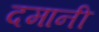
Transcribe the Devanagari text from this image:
दमानी